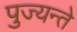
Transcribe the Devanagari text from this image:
पुज्यन्ते